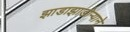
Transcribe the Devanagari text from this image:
झाडाझाडोऱ्याने